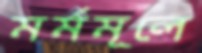
মর্মমূলে